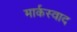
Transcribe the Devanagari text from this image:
मार्कस्वाद